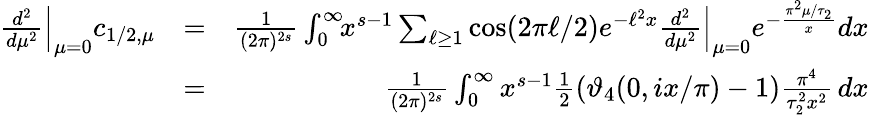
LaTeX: \begin{array}{rlr}{{\frac{d^{2}}{d\mu^{2}}}\Big|_{\mu=0}c_{1/2,{\mu}}}&{=}&{\frac 1{(2\pi)^{2s}}\int_{0}^{\infty}\! \! x^{s-1}\sum_{\ell\geq 1}\cos(2\pi\ell/2)e^{-\ell^{2}x}{\frac{d^{2}}{d\mu^{2}}}\Big|_{\mu=0}e^{-\frac{\pi^{2}\mu/\tau_{2}}{x}}dx}\\ &{=}&{\frac 1{(2\pi)^{2s}}\int_{0}^{\infty}x^{s-1}{\frac{1}{2}}(\vartheta_{4}(0,ix/\pi)-1)\frac{\pi^{4}}{\tau_{2}^{2}x^{2}}\, dx}\end{array}